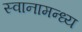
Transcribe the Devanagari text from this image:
स्वानामन्ध्य